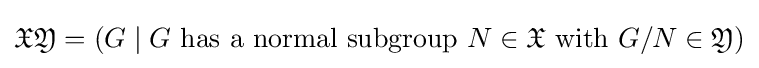
{\mathfrak {X}}{\mathfrak {Y}}=(G\mid G{\text{ has a normal subgroup }}N\in {\mathfrak {X}}{\text{ with }}G/N\in {\mathfrak {Y}})